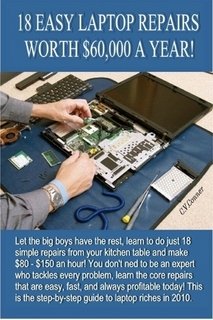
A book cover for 18 Easy Laptop Repairs Worth $60,000 A Year!; C.V. Conner; Computers & Technology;